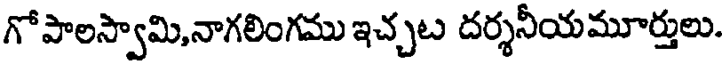
గో పాలస్వామి,నాగలింగము ఇచ్చట దర్శనీయమూర్తులు.